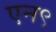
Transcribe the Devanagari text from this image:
एन९